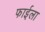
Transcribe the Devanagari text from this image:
फाईला